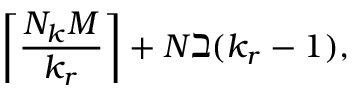
\left\lceil \frac { N _ { k } M } { k _ { r } } \right\rceil + N \beth ( k _ { r } - 1 ) ,